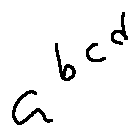
a ^ { b ^ { c ^ { d } } }